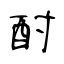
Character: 酎